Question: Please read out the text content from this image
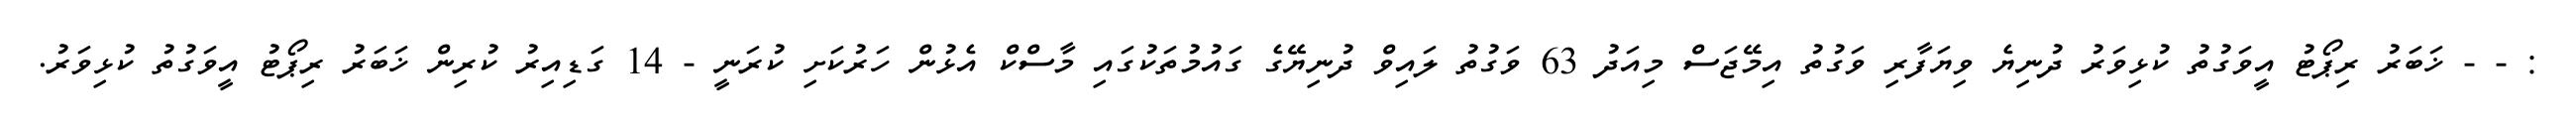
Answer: : - - ޚަބަރު ރިޕޯޓު އީވަގުތު ކުޅިވަރު ދުނިޔެ ވިޔަފާރި ވަގުތު އިމޭޖަސް މިއަދު 63 ވަގުތު ލައިވް ދުނިޔޭގެ ގައުމުތަކުގައި މާސްކް އެޅުން ހަރުކަށި ކުރަނީ - 14 ގަޑިއިރު ކުރިން ޚަބަރު ރިޕޯޓު އީވަގުތު ކުޅިވަރު.